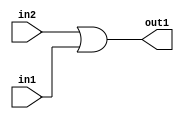
`timescale 1ps / 1ps
/*****************************************************************************
    Verilog RTL Description
    
    
    Created by: Stratus DpOpt 2019.1.01 
*******************************************************************************/

module st_feature_addr_gen_Or_1Ux1U_1U_4_0 (
	in2,
	in1,
	out1
	); /* architecture "behavioural" */ 
input  in2,
	in1;
output  out1;
wire  asc001;

assign asc001 = 
	(in2)
	|(in1);

assign out1 = asc001;
endmodule

/* CADENCE  urf4SQs= : u9/ySgnWtBlWxVPRXgAZ4Og= ** DO NOT EDIT THIS LINE ******/